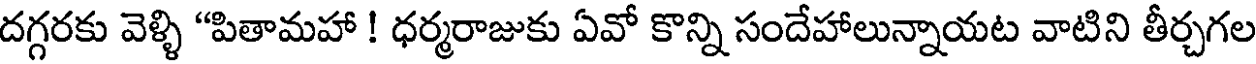
దగ్గరకు వెళ్ళి "పితామహా ! ధర్మరాజుకు ఏవో కొన్ని సందేహాలున్నాయట వాటిని తీర్చగల